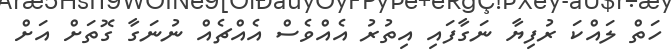
ހަތް ލައްކަ ރުފިޔާ ނަގާފައި އިތުރު އެއްވެސް އެއްޗެއް ނުނަގާ ގޮތަށް އަށް